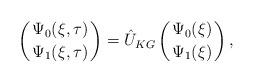
LaTeX: \begin{align*}\left({\Psi_{0}(\xi, \tau) \atop \Psi_{1}(\xi, \tau)}\right) = \hat{U}_{KG}\left({\Psi_{0}(\xi) \atop \Psi_{1}(\xi)}\right),\end{align*}